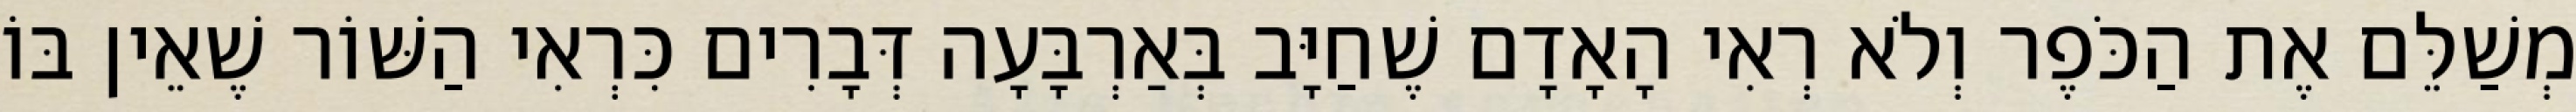
מְשַׁלֵּם אֶת הַכֹּפֶר וְלֹא רְאִי הָאָדָם שֶׁחַיָּב בְּאַרְבָּעָה דְּבָרִים כִּרְאִי הַשּׁוֹר שֶׁאֵין בּוֹ